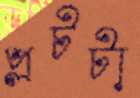
প্লটটা